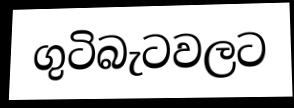
ගුටිබැටවලට